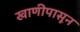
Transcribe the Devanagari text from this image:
खाणीपासून